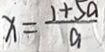
x = \frac { 1 + 5 a } { a }